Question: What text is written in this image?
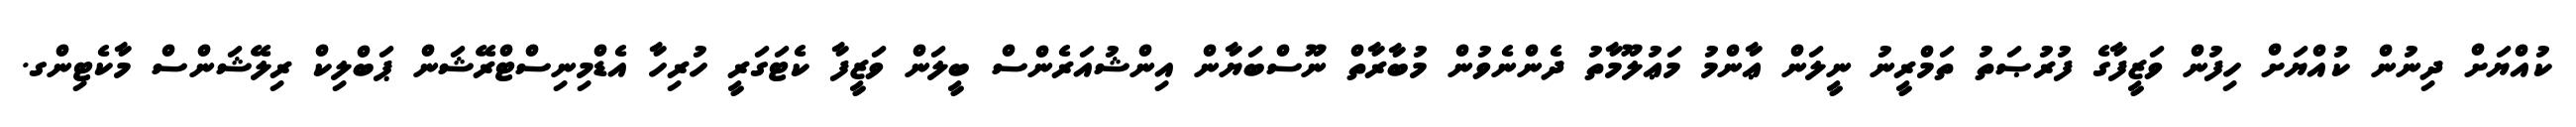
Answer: ކުއްޔަށް ދިނުން ކުއްޔަށް ހިފުން ވަޒީފާގެ ފުރުޞަތު ތަމްރީނު ނީލަން ޢާންމު މަޢުލޫމާތު ދެންނެވުން މުބާރާތް ނޫސްބަޔާން އިންޝުއަރެންސް ބީލަން ވަޒީފާ ކެޓަގަރީ ހުރިހާ އެޑްމިނިސްޓްރޭޝަން ޕަބްލިކް ރިލޭޝަންސް މާކެޓިންގ.